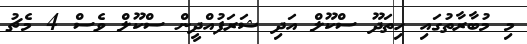
މި މުބާރާތުގައި ހިތަދޫ ސްކޫލް އަދި ޝަރަފުއްދީން ސްކޫލް ވެސް 4 މެޗު